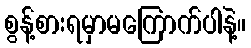
စွန့်စားရမှာမကြောက်ပါနဲ့။